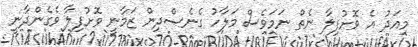
މިއަދު އެ ވޮށުފިލާ ނެތް ނަމަވެސް މަލާހު ގެނެސްދިން ޒަމާނީ ވޮށުފިލާ ވެގެންދާނީ